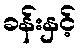
ခန်းနှင့်